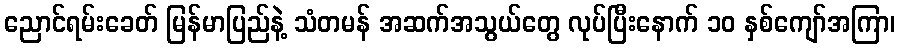
ညောင်ရမ်းခေတ် မြန်မာပြည်နဲ့ သံတမန် အဆက်အသွယ်တွေ လုပ်ပြီးနောက် ၁၀ နှစ်ကျော်အကြာ၊